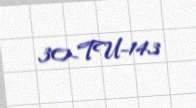
30-TU-143